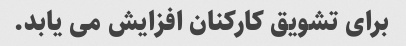
برای تشویق کارکنان افزایش می یابد.